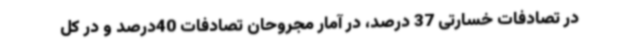
در تصادفات خسارتی 37 درصد، در آمار مجروحان تصادفات 40درصد و در کل